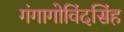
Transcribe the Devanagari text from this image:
गंगागोविंदसिंह